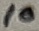
Text: 10